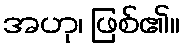
အဟု၊ ဖြစ်၏။